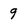
Character: 9